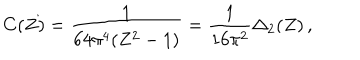
C ( Z ) = { \frac { 1 } { 6 4 \pi ^ { 4 } ( Z ^ { 2 } - 1 ) } } = { \frac { 1 } { 1 6 \pi ^ { 2 } } } \Delta _ { 2 } ( Z ) \, ,